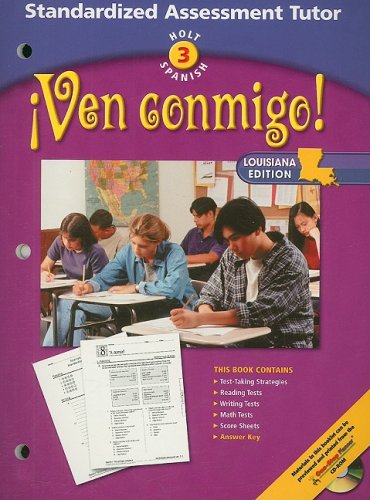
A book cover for Holt ?Ven conmigo! Louisiana: Standard Assessment Tutor Level 3 (Spanish 2003); RINEHART AND WINSTON HOLT; Teen & Young Adult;